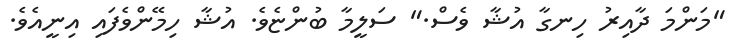
"މަންމަ ދާއިރު ހިނގާ އުޝާ ވެސް." ސަލީމާ ބުންޏެވެ. އުޝާ ހިމޭންވެފައި އިނީއެވެ.